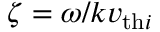
\zeta = \omega / k v _ { \mathrm { t h } i }